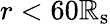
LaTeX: r<60\mathbb{R}_{\mathrm{{s}}}